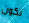
تكون